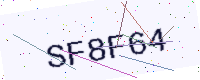
Text: SF8F64